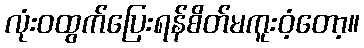
လုံးဝထွက်ပြေးရန်စိတ်မကူးဝံ့တော့။